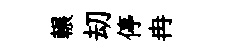
輾刧停冉